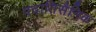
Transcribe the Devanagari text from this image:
पदातिसैनिक